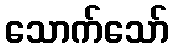
သောက်သော်